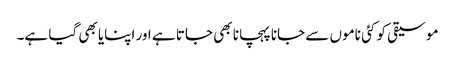
موسیقی کو کئی ناموں سے جانا پہچانا بھی جاتا ہے اور اپنایا بھی گیا ہے۔